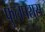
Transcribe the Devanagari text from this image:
फुलपरास